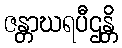
ဇန္တာဃရပီဌန္တိ